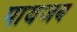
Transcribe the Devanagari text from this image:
पायजब